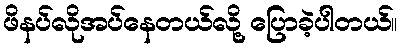
ဖိနပ်လိုအပ်နေတယ်လို့ ပြောခဲ့ပါတယ်။